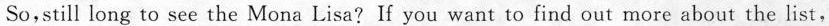
So,still long to see the Mona Lisa? If you want to find out more about the list,